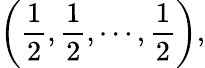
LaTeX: \left(\frac 12,\frac 12,\cdots,\frac 12\right),